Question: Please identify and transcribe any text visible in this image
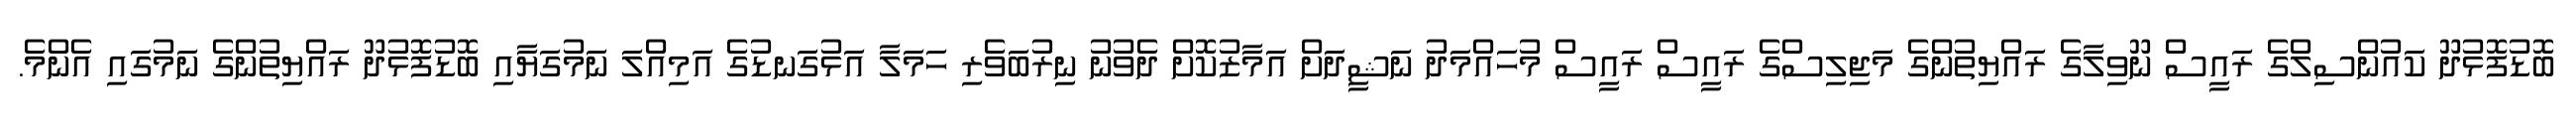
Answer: ބޮޑުފޮޅުދޫ ކައުންސިލްގެ ރައީސް ނޫވިލާގެ ރައްޔިތުންގެ މަޖިލިސްގެ ރައީސް ރައީސް މުހައްމަދު ނަޝީދަށް އަމާޒުކޮށް ދެވުނު ނިރުބަވެރި ހަމަލާ އަޅުގަނޑުގެ އަމިއްލަ ނަމުގަޔާއި ބޮޑުފޮޅުދޫ ރައްޔިތުންގެ ނަމުގައި އެންމެ.